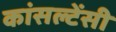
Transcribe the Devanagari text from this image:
कांसल्टेंसी